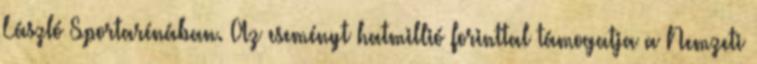
László Sportarénában. Az eseményt hatmillió forinttal támogatja a Nemzeti